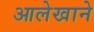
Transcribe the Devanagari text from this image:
आलेखाने